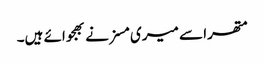
متھرا سے میری مسز نے بھجوائے ہیں۔